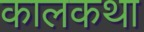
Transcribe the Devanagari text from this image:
कालकथा